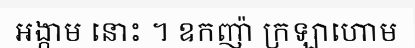
អង្កាម នោះ ។ ឧកញ៉ា ក្រឡាហោម